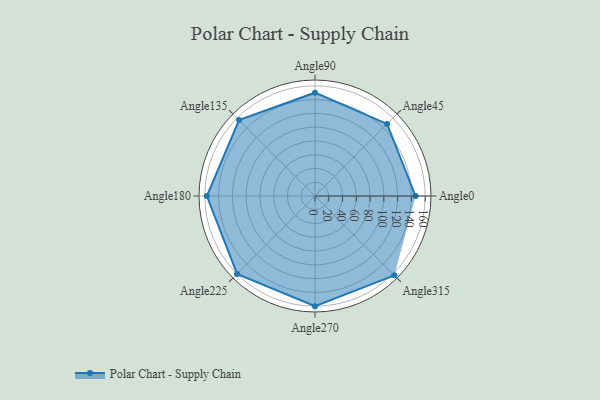
{"axis": {"x": "Angle", "y": "Radius"}, "legend": [""], "data": [{"x": "Angle0", "y": 146.0, "type": ""}, {"x": "Angle45", "y": 148.0, "type": ""}, {"x": "Angle90", "y": 150.0, "type": ""}, {"x": "Angle135", "y": 156.0, "type": ""}, {"x": "Angle180", "y": 157.0, "type": ""}, {"x": "Angle225", "y": 160.0, "type": ""}, {"x": "Angle270", "y": 160.0, "type": ""}, {"x": "Angle315", "y": 163.0, "type": ""}]}